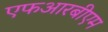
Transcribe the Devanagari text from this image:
एफआरबीएम